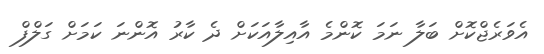
އެވަރެޖްކޮށް ބަލާ ނަމަ ކޮންމެ އާއިލާއަކަށް ދެ ކާރު އޮންނަ ކަމަށް ގަލްފް